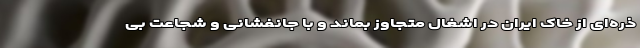
ذره‌ای از خاک ایران در اشغال متجاوز بماند و با جانفشانی و شجاعت بی